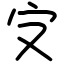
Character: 㝊